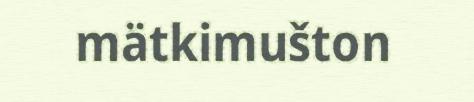
mätkimušton